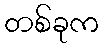
တစ်ခုက